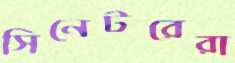
সিনেটরেরা